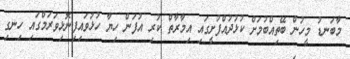
މާބަނޑު މީހުން ބޭތިއްބުމަށް ކުޅުދުއްފުށީގައި އިމާރާތް ކުރި އުފަން ހިޔާ ހުޅުވައިފިނޮޅިވަރަމްގައި ހިނގި